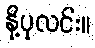
နို့ပုလင်း။